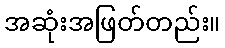
အဆုံးအဖြတ်တည်း။